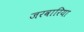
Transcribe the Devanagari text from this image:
जरवारिया